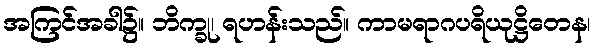
အကြင်အခါ၌။ ဘိက္ခု၊ ရဟန်းသည်။ ကာမရာဂပရိယုဋ္ဌိတေန၊